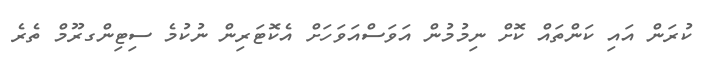
ކުރަން އައި ކަންތައް ކޮށް ނިމުމުން އަވަސްއަވަހަށް އެކޮޓަރިން ނުކުމެ ސިޓިންގރޫމް ތެރެ